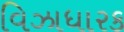
વિઝાધારક